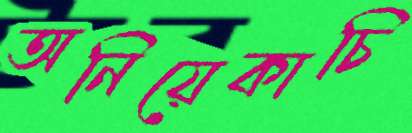
অনিয়েকাচি